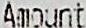
AMOUNT